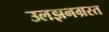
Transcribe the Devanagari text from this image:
उलझनग्रस्त